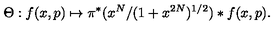
\Theta : f ( x , p ) \mapsto \pi ^ { * } ( x ^ { N } / ( 1 + x ^ { 2 N } ) ^ { { 1 / 2 } } ) * f ( x , p ) .